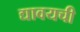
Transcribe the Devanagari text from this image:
द्यावयची